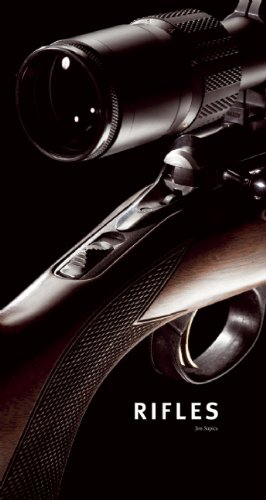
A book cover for Rifles; Jim Supica; Crafts, Hobbies & Home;